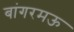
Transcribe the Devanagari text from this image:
बांगरमऊ